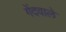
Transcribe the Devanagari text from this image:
गेंदवाले